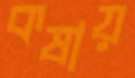
কষায়